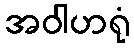
အဝါဟရုံ